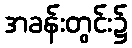
အခန်းတွင်း၌